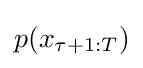
p(x_{\tau +1:T})